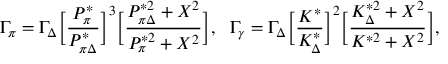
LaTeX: \Gamma _ { \pi } = \Gamma _ { \Delta } \bigg [ { \frac { P _ { \pi } ^ { * } } { P _ { \pi \Delta } ^ { * } } } \bigg ] ^ { 3 } \bigg [ { \frac { P _ { \pi \Delta } ^ { * 2 } + X ^ { 2 } } { P _ { \pi } ^ { * 2 } + X ^ { 2 } } } \bigg ] , \ \ \Gamma _ { \gamma } = \Gamma _ { \Delta } \bigg [ { \frac { K ^ { * } } { K _ { \Delta } ^ { * } } } \bigg ] ^ { 2 } \bigg [ { \frac { K _ { \Delta } ^ { * 2 } + X ^ { 2 } } { K ^ { * 2 } + X ^ { 2 } } } \bigg ] ,